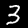
Label: 3